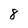
Character: 8